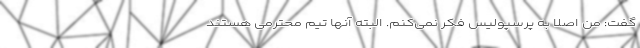
گفت: من اصلاً به پرسپولیس فکر نمی‌کنم. البته آنها تیم محترمی هستند